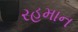
રહમાન